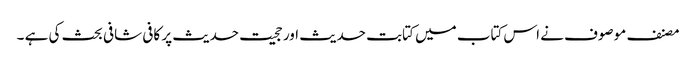
مصنف موصوف نے اس کتاب میں کتابت حدیث اور حجیت حدیث پر کافی شافی بحث کی ہے ۔